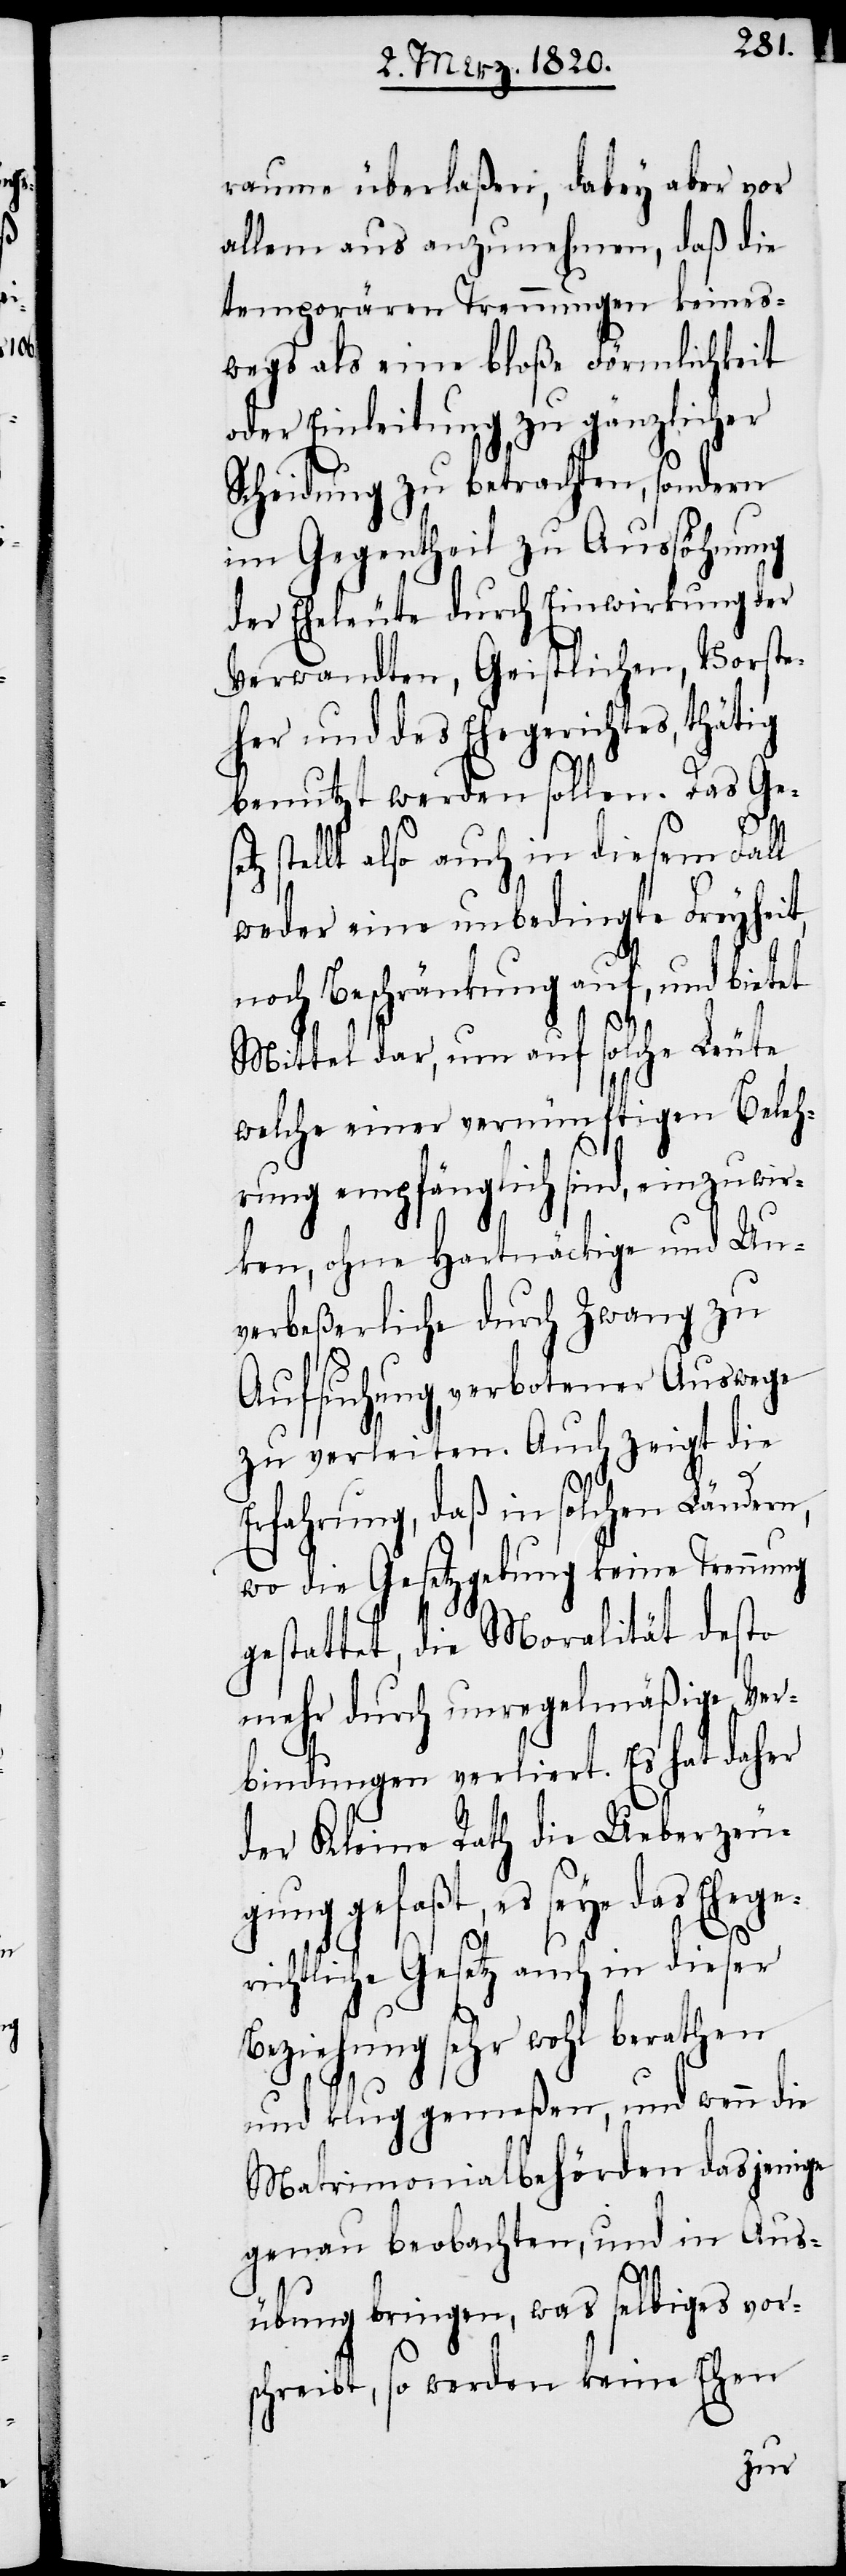
n,

raume überlaßen, dabey aber vor
allem aus anzunehmen, daß die
temporären Trennungen keines¬
wegs als eine bloße Förmlichkeit
oder Einleitung zu gänzlicher
Scheidung zu betrachten, sondern
im Gegentheil zu Aussöhnung
der Eheleute durch Einwirkung der
Verwandten, Geistlichen, Vorste¬
her und des Ehegerichtes, thätig
benutzt werden sollen. Das Geset¬
z stellt also auch in diesem Fall
weder eine unbedingte Freyheit,
noch Beschränkung auf, und
Mittel dar, um auf solche Leute
welche einer vernünftigen Beleh¬
rung empfänglich sind, einzuwir¬
ken, ohne Hartnäckige und Un¬
verbeßerliche durch Zwang zu
Aufsuchung verbotener Auswege
zu verleiten. Auch zeigt die
rfahrung, daß in solchen Länder¬
wo die Gesetzgebung keine Trennung
gestattet, die Moralität desto
mehr durch unregelmäßige Ver¬
bindungen verliert. Es hat daher
der Kleine Rath die Ueberzeu¬
gung gefaßt, es seye das Ehege¬
richtliche Gesetz auch in dieser
Beziehung sehr wohl berathen
und klug gemeßen, und wenn die
Matrimonialbehörden dasjenige
genau beobachten, und in Aus¬
übung bringen, was selbiges vor¬
schreibt, so werden keine Ehen